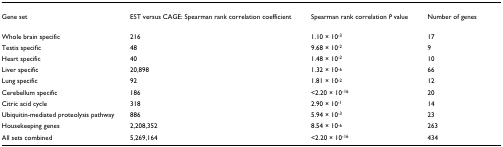
| Gene set | EST versus CAGE: Spearman rank correlation coefficient | Spearman rank correlation P value | Number of genes |
 | --- | --- | --- | --- |
 | Whole brain specific | 216 | 1.10 × 10-3 | 17 |
 | Testis specific | 48 | 9.68 × 10-2 | 9 |
 | Heart specific | 40 | 1.48 × 10-2 | 10 |
 | Liver specific | 20,898 | 1.32 × 10-6 | 66 |
 | Lung specific | 92 | 1.81 × 10-2 | 12 |
 | Cerebellum specific | 186 | <2.20 × 10-16 | 20 |
 | Citric acid cycle | 318 | 2.90 × 10-1 | 14 |
 | Ubiquitin-mediated proteolysis pathway | 886 | 5.94 × 10-3 | 23 |
 | Housekeeping genes | 2,208,352 | 8.54 × 10-6 | 263 |
 | All sets combined | 5,269,164 | <2.20 × 10-16 | 434 |